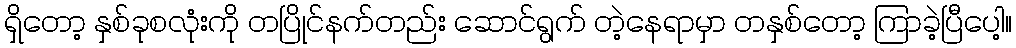
ရှိတော့ နှစ်ခုစလုံးကို တပြိုင်နက်တည်း ဆောင်ရွက် တဲ့နေရာမှာ တနှစ်တော့ ကြာခဲ့ပြီပေါ့။